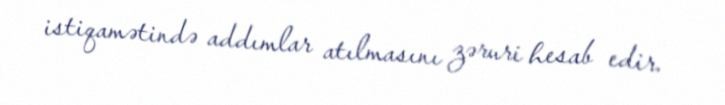
istiqamətində addımlar atılmasını zəruri hesab edir.